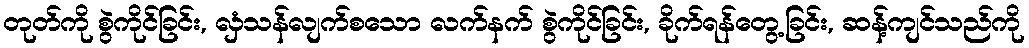
တုတ်ကို စွဲကိုင်ခြင်း, လှံသန်လျက်စသော လက်နက် စွဲကိုင်ခြင်း, ခိုက်ရန်တွေ့ခြင်း, ဆန့်ကျင်သည်ကို